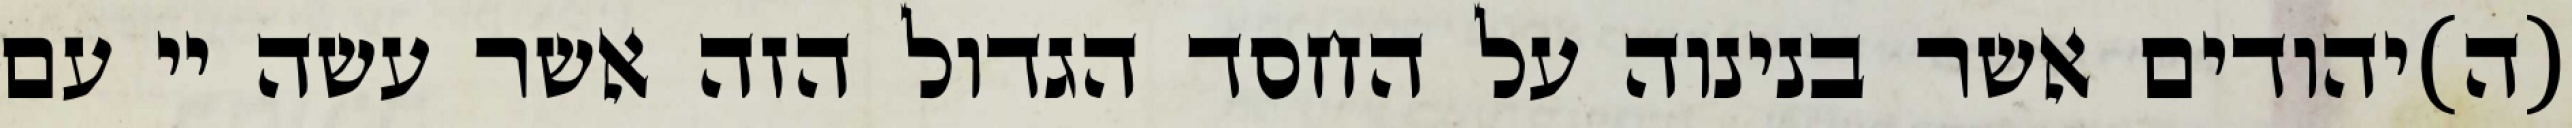
(ה)יהודים אשר בנינוה על החסד הגדול הזה אשר עשה יי עם